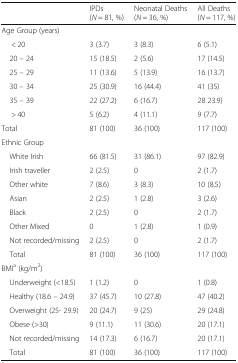
<table><thead><tr><td></td><td><b>IPDs (<i>N</i> = 81, %)</b></td><td><b>Neonatal Deaths (<i>N</i> = 36, %)</b></td><td><b>All Deaths (<i>N</i> = 117, %)</b></td></tr></thead><tbody><tr><td colspan="4">Age Group (years)</td></tr><tr><td>&lt; 20</td><td>3 (3.7)</td><td>3 (8.3)</td><td>6 (5.1)</td></tr><tr><td> 20 – 24</td><td>15 (18.5)</td><td>2 (5.6)</td><td>17 (14.5)</td></tr><tr><td> 25 – 29</td><td>11 (13.6)</td><td>5 (13.9)</td><td>16 (13.7)</td></tr><tr><td> 30 – 34</td><td>25 (30.9)</td><td>16 (44.4)</td><td>41 (35)</td></tr><tr><td> 35 – 39</td><td>22 (27.2)</td><td>6 (16.7)</td><td>28 23.9)</td></tr><tr><td>&gt; 40</td><td>5 (6.2)</td><td>4 (11.1)</td><td>9 (7.7)</td></tr><tr><td>Total</td><td>81 (100)</td><td>36 (100)</td><td>117 (100)</td></tr><tr><td>Ethnic Group</td><td></td><td></td><td></td></tr><tr><td> White Irish</td><td>66 (81.5)</td><td>31 (86.1)</td><td>97 (82.9)</td></tr><tr><td> Irish traveller</td><td>2 (2.5)</td><td>0</td><td>2 (1.7)</td></tr><tr><td> Other white</td><td>7 (8.6)</td><td>3 (8.3)</td><td>10 (8.5)</td></tr><tr><td> Asian</td><td>2 (2.5)</td><td>1 (2.8)</td><td>3 (2.6)</td></tr><tr><td> Black</td><td>2 (2.5)</td><td>0</td><td>2 (1.7)</td></tr><tr><td> Other Mixed</td><td>0</td><td>1 (2.8)</td><td>1 (0.9)</td></tr><tr><td> Not recorded/missing</td><td>2 (2.5)</td><td>0</td><td>2 (1.7)</td></tr><tr><td> Total</td><td>81 (100)</td><td>36 (100)</td><td>117 (100)</td></tr><tr><td>BMI<sup>a</sup> (kg/m<sup>2</sup>)</td><td></td><td></td><td></td></tr><tr><td> Underweight (&lt;18.5)</td><td>1 (1.2)</td><td>0</td><td>1 (0.8)</td></tr><tr><td> Healthy (18.6 – 24.9)</td><td>37 (45.7)</td><td>10 (27.8)</td><td>47 (40.2)</td></tr><tr><td> Overweight (25- 29.9)</td><td>20 (24.7)</td><td>9 (25)</td><td>29 (24.8)</td></tr><tr><td> Obese (&gt;30)</td><td>9 (11.1)</td><td>11 (30.6)</td><td>20 (17.1)</td></tr><tr><td> Not recorded/missing</td><td>14 (17.3)</td><td>6 (16.7)</td><td>20 (17.1)</td></tr><tr><td> Total</td><td>81 (100)</td><td>36 (100)</td><td>117 (100)</td></tr></tbody></table>